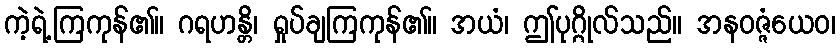
ကဲ့ရဲ့ကြကုန်၏။ ဂရဟန္တိ၊ ရှုပ်ချကြကုန်၏။ အယံ၊ ဤပုဂ္ဂိုလ်သည်။ အနဝဇ္ဇံယေဝ၊